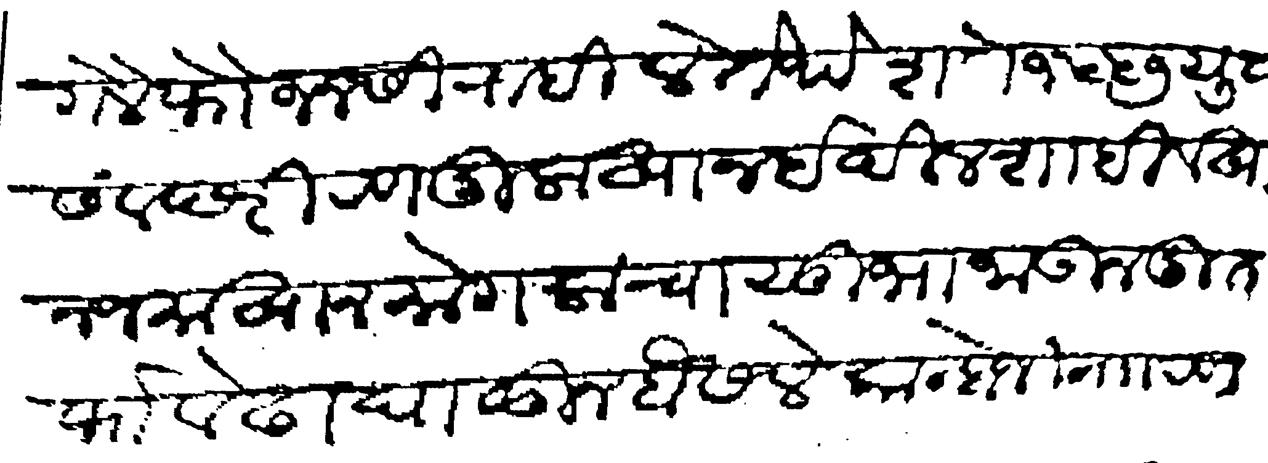
Transliteration (Devanagari): गेले फौजेनसी राहिले तेथे शके १५५७ युवा संवछरी रणदुलाखान ईदिलशाही व खान जमाखान मोगलाचा सुभा जाऊन दुतर्फा वेढा घालुन बैसले कान्होजी नाा रणदुलाखाना